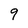
Character: 9